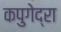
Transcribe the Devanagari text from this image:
कपुगेद्रा